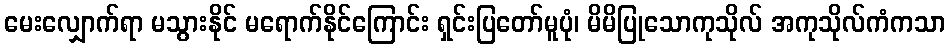
မေးလျှောက်ရာ မသွားနိုင် မရောက်နိုင်ကြောင်း ရှင်းပြတော်မူပုံ၊ မိမိပြုသောကုသိုလ် အကုသိုလ်ကံကသာ